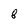
Character: 8